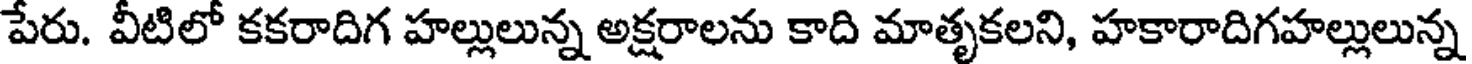
పేరు. వీటిలో కకరాదిగ హల్లులున్న అక్షరాలను కాది మాతృకలని, హకారాదిగహల్లులున్న